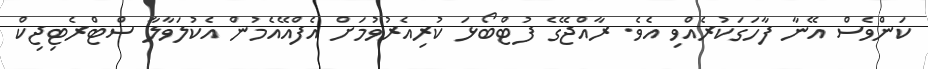
ކަންވެސް އޭނާ ފާހަގަކުރެއްވި އެވެެ. ރާއްޖޭގެ ފުޓްބޯޅަ ކުރިއެރުވުމަށް އެފްއޭއެމުން އެކުލަވާލާ ސްޓްރެޓިޖިކް